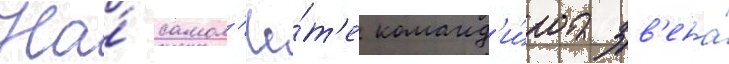
На́ самол'ё́т'е команд'и́ра зв'ена́